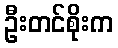
ဦးတင်စိုးက